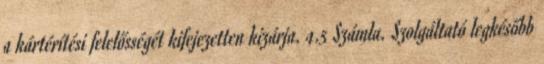
a kártérítési felelősségét kifejezetten kizárja. 4.5 Számla. Szolgáltató legkésőbb